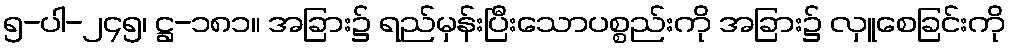
၅-ပါ-၂၄၅၊ ဋ္ဌ-၁၈၁။ အခြား၌ ရည်မှန်းပြီးသောပစ္စည်းကို အခြား၌ လှူစေခြင်းကို